Report on the working of the Ranchi Indian Mental Hospital, Kanke, in Bihar and Orissa - 1930-1940
Year: 1930
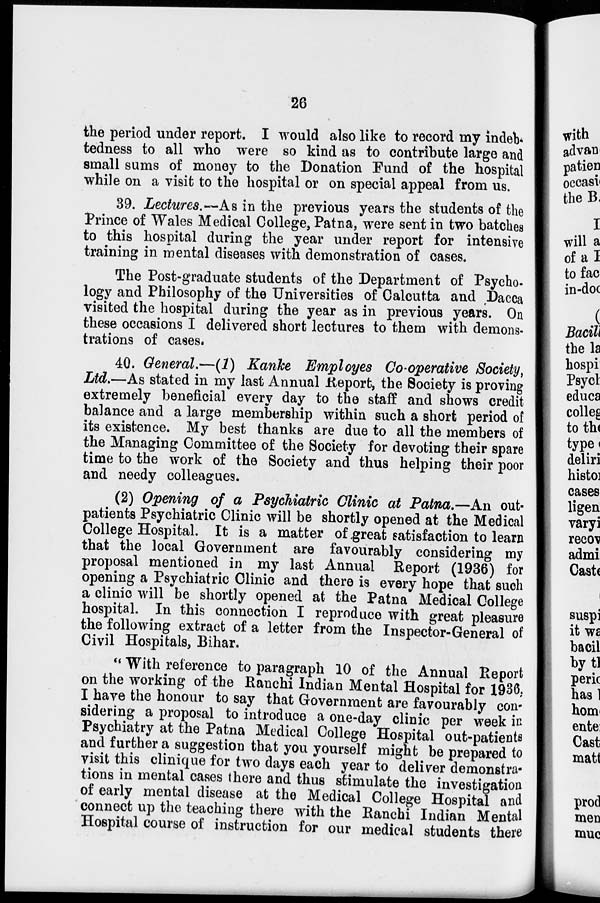
26
the period under report. I would also like to record my indeb-
tedness to all who were so kind as to contribute large and
small sums of money to the Donation Fund of the hospital
while on a visit to the hospital or on special appeal from us.
39. Lectures. —As in the previous years the students of the
Prince of Wales Medical College, Patna, were sent in two batches
to this hospital during the year under report for intensive
training in mental diseases with demonstration of cases.
The Post-graduate students of the Department of Psycho-
logy and Philosophy of the Universities of Calcutta and Dacca
visited the hospital during the year as in previous years. On
these occasions I delivered short lectures to them with demons-
trations of cases.
40. General.—(1) Kanke Employes Co-operative Society,
Ltd.—As stated in my last Annual Report, the Society is proving
extremely beneficial every day to the staff and shows credit
balance and a large membership within such a short period of
its existence. My best thanks are due to all the members of
the Managing Committee of the Society for devoting their spare
time to the work of the Society and thus helping their poor
and needy colleagues.
(2) Opening of a Psychiatric Clinic at Patna.—An out-
patients Psychiatric Clinic will be shortly opened at the Medical
College Hospital. It is a matter of great satisfaction to learn
that the local Government are favourably considering my
proposal mentioned in my last Annual Report (1936) for
opening a Psychiatric Clinic and there is every hope that such
a clinic will be shortly opened at the Patna Medical College
hospital. In this connection I reproduce with great pleasure
the following extract of a letter from the Inspector-General of
Civil Hospitals, Bihar.
" With reference to paragraph 10 of the Annual Report
on the working of the Ranchi Indian Mental Hospital for 1936,
I have the honour to say that Government are favourably con-
sidering a proposal to introduce a one-day clinic per week in
Psychiatry at the Patna Medical College Hospital out-patients
and further a suggestion that you yourself might be prepared to
visit this clinique for two days each year to deliver demonstra-
tions in mental cases there and thus stimulate the investigation
of early mental disease at the Medical College Hospital and
connect up the teaching there with the Ranchi Indian Mental
Hospital course of instruction for our medical students there